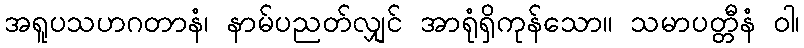
အရူပသဟဂတာနံ၊ နာမ်ပညတ်လျှင် အာရုံရှိကုန်သော။ သမာပတ္တီနံ ဝါ၊